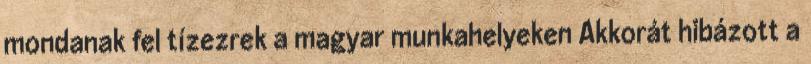
mondanak fel tízezrek a magyar munkahelyeken Akkorát hibázott a